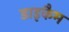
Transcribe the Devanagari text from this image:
डाइकैम